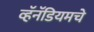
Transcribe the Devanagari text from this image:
व्हॅनॅडियमचे